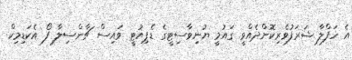
އެ ހަފްލާ ޝަރަފުވެރިކޮށްދެއްވީ ގައުމީ ޔުނިވާސިޓީގެ ޑެޕިއުޓީ ވައިސް ޗާންސިލާ ފޯ އެކަޑިމިކް